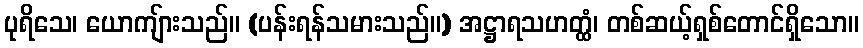
ပုရိသေ၊ ယောကျ်ားသည်။ (ပန်းရန်သမားသည်။) အဋ္ဌာရသဟတ္ထံ၊ တစ်ဆယ့်ရှစ်တောင်ရှိသော။